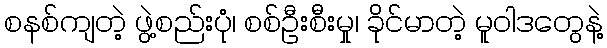
စနစ်ကျတဲ့ ဖွဲ့စည်းပုံ၊ စစ်ဦးစီးမှု၊ ခိုင်မာတဲ့ မူဝါဒတွေနဲ့